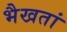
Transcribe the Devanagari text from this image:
भैखतां